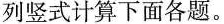
列竖式计算下面各题。